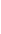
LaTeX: s\! \! \! \! \! \! \! \! \! \! \! \! =\! \! \! \! \! \! \! \! \! \! \! \! \sigma\! \! \! \! \! \! \! \! \! \! \! \! _{\! }\! \! \! \! \! \! \! \! \! \! \! 2\! \! \! \! \! \! \! \! \! \! \! \! (u\! \! \! \! \! \! \! \! \! \! \! \! )\! \! \! \! \! \! \! \! \! \! \! \! \! \! \! \! \! \! \! \! \! \! \! \! :\! \! \! \! \! \! \! \! \! \! \! \! =\! \! \! \! \! \! \! \! \! \! \! \! \! \! \! \! \! \! \! \! \! \! \! \! (\! \! \! \! \! \! \! \! \! \! \! \! \phi\! \! \! \! \! \! \! \! \! \! \! \! \! \! \! \! \! \! \! \! \! \! \! \! ^{\! \! \! \! \! \! \! \! \! \! \! \! (\! \! \! \! \! \! \! \! \! \! \! \! -\! \! \! \! \! \! \! \! \! \! \! \! 1\! \! \! \! \! \! \! \! \! \! \! \! )}\! \! \! \! \! \! \! \! \! \! \! \! (u\! \! \! \! \! \! \! \! \! \! \! \! +\! \! \! \! \! \! \! \! \! \! \! \! 1\! \! \! \! \! \! \! \! \! \! \! \! )\! \! \! \! \! \! \! \! \! \! \! \! +\! \! \! \! \! \! \! \! \! \! \! \! 1\! \! \! \! \! \! \! \! \! \! \! \! )\! \! \! \! \! \! \! \! \! \! \! \! /\! \! \! \! \! \! \! \! \! \! \! \! 2\! \! \! \! \! \! \! \! \! \! \!